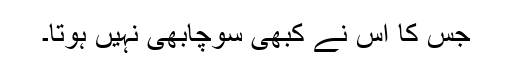
جس کا اس نے کبھی سوچابھی نہیں ہوتا۔